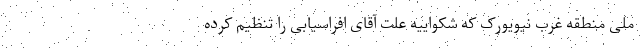
ملی منطقه غرب نیویورک که شکواییه علت آقای افراسیابی را تنظیم کرده